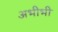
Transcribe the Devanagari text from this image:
अभीभी